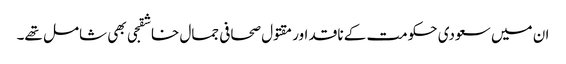
ان میں سعودی حکومت کے ناقد اور مقتول صحافی جمال خاشقجی بھی شامل تھے۔